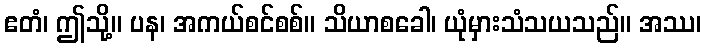
ဧတံ၊ ဤသို့။ ပန၊ အကယ်စင်စစ်။ သိယာစခေါ၊ ယုံမှားသံသယသည်။ အဿ၊